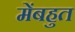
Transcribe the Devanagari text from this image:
मेंबहुत